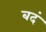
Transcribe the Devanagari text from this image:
बदं